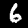
Digit: 6